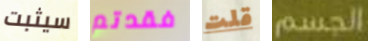
سيثبت فقدتم قلت الجسم